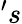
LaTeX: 's